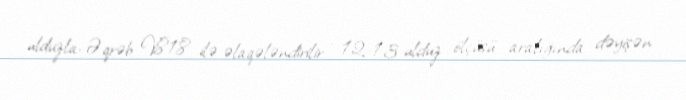
ulduzla-Əqrəb V818 ilə əlaqələndirilir , 12-13 ulduz ölçüsü aralığında dəyişən